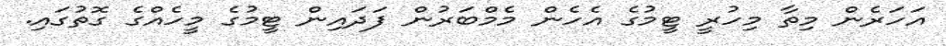
އަހަރެން މިތާ މިހުރީ ޓީމުގެ އެހެން މެމްބަރުން ފަދައިން ޓީމުގެ މީހެއްގެ ގޮތުގައި.